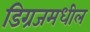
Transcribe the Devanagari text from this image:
डिग्रजमधील